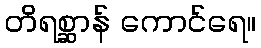
တိရစ္ဆာန် ကောင်ရေ။